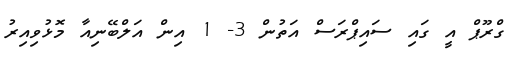
ގްރޫޕް އީ ގައި ސައިޕްރަސް އަތުން 3- 1 އިން އަލްބޭނިއާ މޮޅުވިއިރު